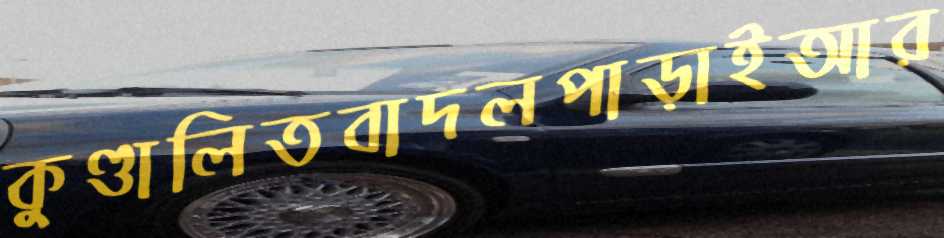
কুণ্ডালিতবাদলপাড়াইআর